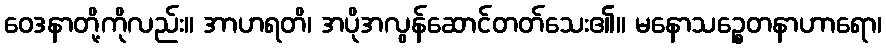
ဝေဒနာတို့ကိုလည်း။ အာဟရတိ၊ အပိုအလွန်ဆောင်တတ်သေး၏။ မနောသဉ္စေတနာဟာရော၊